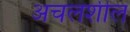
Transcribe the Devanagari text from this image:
अचलशील